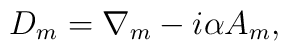
D_m = \nabla_m - i \alpha A_m,